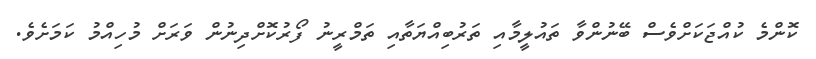
ކޮންމެ ކުއްޖަކަށްވެސް ބޭނުންވާ ތައުލީމާއި ތަރުބިއްޔަތާއި ތަމްރީނު ފޯރުކޮށްދިނުން ވަރަށް މުހިއްމު ކަމަށެވެ.